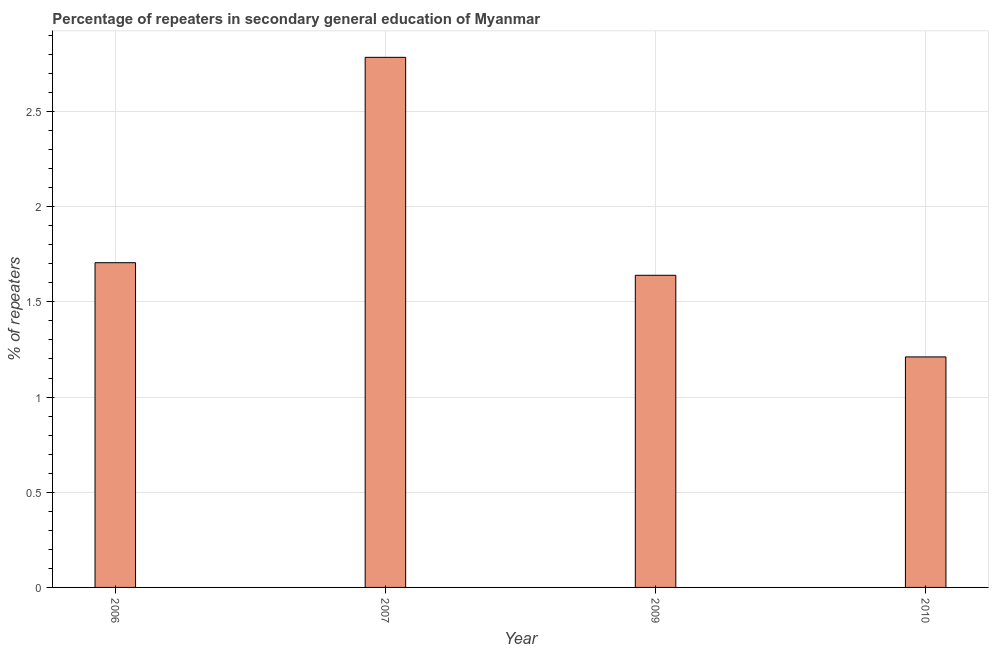
| Year | Percentage of repeaters |
 | --- | --- |
 | 2006 | 1.71 |
 | 2007 | 2.78 |
 | 2009 | 1.64 |
 | 2010 | 1.21 |